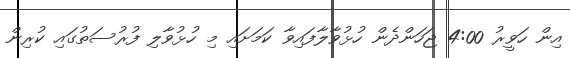
އިން ހަވީރު 4:00 ޖަހަންދެން ހުޅުވާލާފައިވާ ކަމަށައި މި ހުޅުވާލި ފުރުސަތުގައި ކުރިން